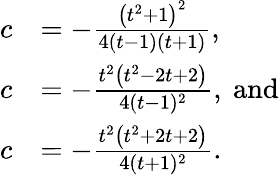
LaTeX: \begin{array}{rl}{c}&{=-\frac{\left(t^{2}+1\right)^{2}}{4(t-1)(t+1)},}\\ {c}&{=-\frac{t^{2}\left(t^{2}-2t+2\right)}{4(t-1)^{2}},\mathrm{~and}}\\ {c}&{=-\frac{t^{2}\left(t^{2}+2t+2\right)}{4(t+1)^{2}}.}\end{array}